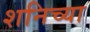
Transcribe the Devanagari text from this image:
शनिच्या